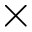
\times